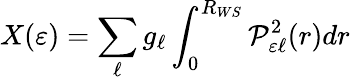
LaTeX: X(\varepsilon)=\sum_{\ell}g_{\ell}\int_{0}^{R_{WS}}{\mathcal{P}_{\varepsilon\ell}^{2}(r)dr}